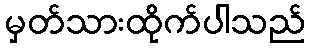
မှတ်သားထိုက်ပါသည်